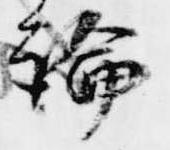
論